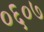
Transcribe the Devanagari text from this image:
०६०७